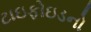
ટાઇફોઇડનો